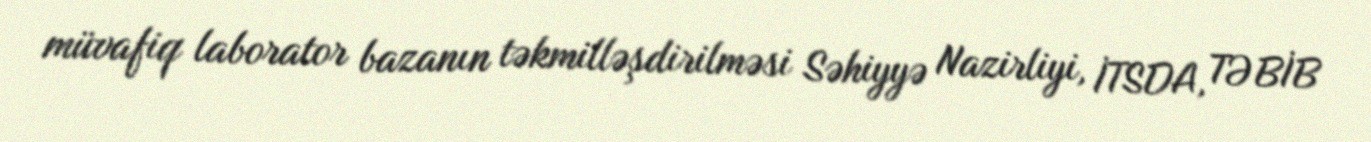
müvafiq laborator bazanın təkmilləşdirilməsi Səhiyyə Nazirliyi, İTSDA, TƏBİB